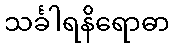
သင်္ခါရနိရောဓာ